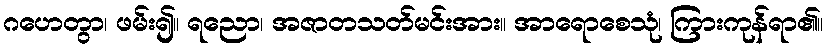
ဂဟေတွာ၊ ဖမ်း၍။ ရညော၊ အဇာတသတ်မင်းအား။ အာရောစေသုံ၊ ကြားကုန်ရာ၏။